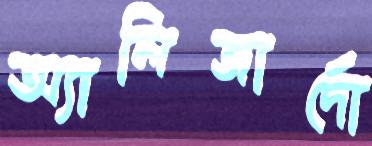
অ্যালিজার্দো